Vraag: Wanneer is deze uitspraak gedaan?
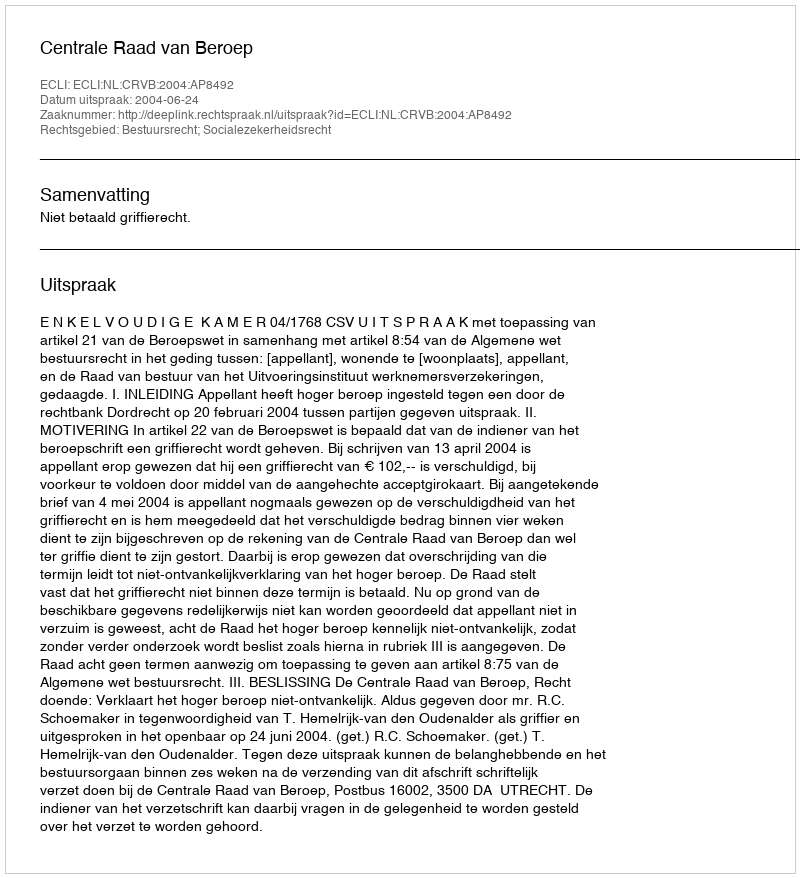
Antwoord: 2004-06-24